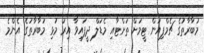
މުބާރާތުގެ ޗެމްޕިއަން ޓީމަށް ތަށްޓާއި މެޑަލް ދީފައިވާ އިރު މުޅި މުބާރާތުގެ އެންމެ